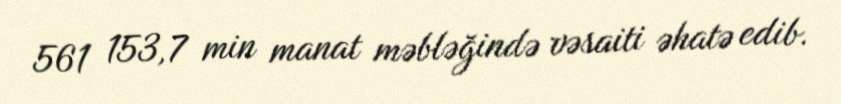
561 153,7 min manat məbləğində vəsaiti əhatə edib.